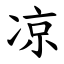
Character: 凉